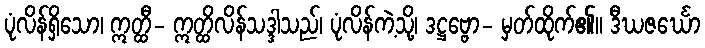
ပုံလိန်ရှိသော၊ ဣတ္ထီ- ဣတ္ထိလိန်သဒ္ဒါသည်၊ ပုံလိန်ကဲ့သို့၊ ဒဋ္ဌဗ္ဗော- မှတ်ထိုက်၏။ ဒီဃဇင်္ဃော